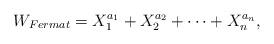
LaTeX: \begin{align*}W_{Fermat} = X_{1}^{a_{1}} +X_{2}^{a_{2}} +\cdots +X_{n}^{a_{n}},\end{align*}